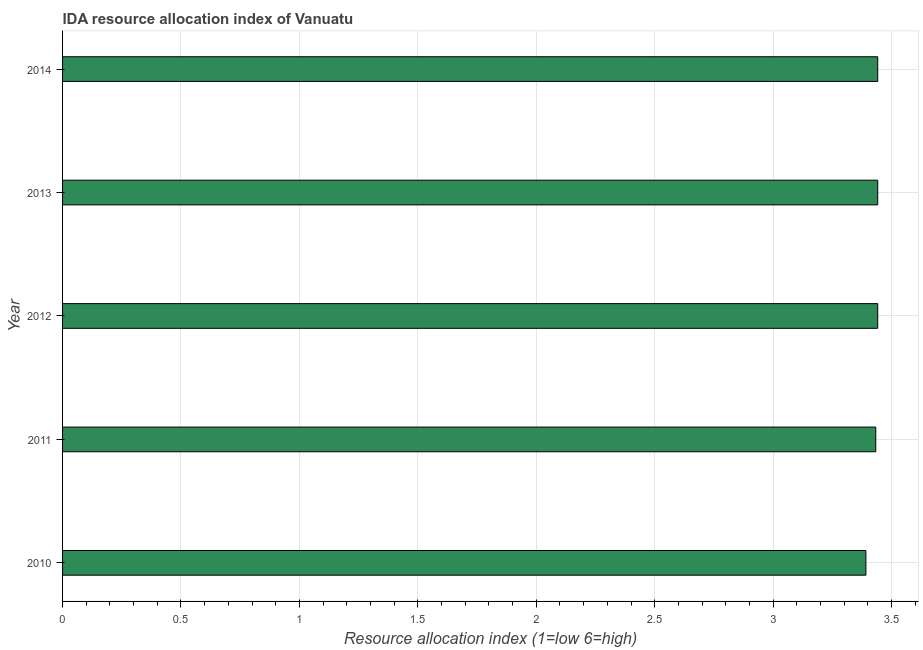
| Year | IDA resource allocation index |
 | --- | --- |
 | 2010 | 3.39 |
 | 2011 | 3.43 |
 | 2012 | 3.44 |
 | 2013 | 3.44 |
 | 2014 | 3.44 |